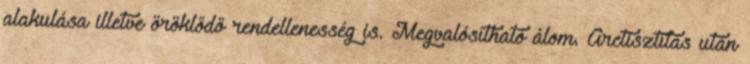
alakulása illetve öröklődő rendellenesség is. Megvalósítható álom. Arctisztítás után